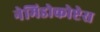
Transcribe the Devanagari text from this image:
नेमिडोकोप्टेस